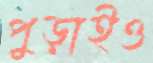
পুড়াইও